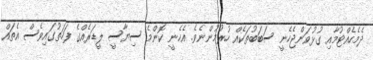
ދެމެހެއްޓުމާއި ގުޅުވަންޖެހެނީ ސަބަބުތަކެއް ހުރުމުންނެވެ. އެހެނީ ކޮންމެ ސިޔާސީ ލީޑަރެއްގެ ފަހަތުގައިވެސް އެތައް